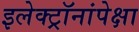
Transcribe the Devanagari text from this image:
इलेक्ट्रॉनांपेक्षा